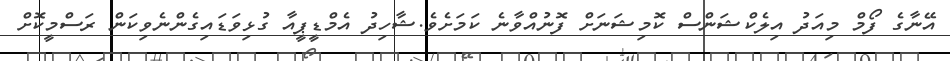
އޭނާގެ ފޯމް މިއަދު އިލެކްޝަންސް ކޮމިޝަނަށް ފޮނުއްވާނެ ކަމަށެވެ.ޝާހިދު އެމްޑީޕީއާ ގުޅިވަޑައިގެންނެވިކަން ރަސްމީކޮށް